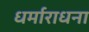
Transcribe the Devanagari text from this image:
धर्माराधना